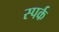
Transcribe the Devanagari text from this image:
स्पर्क